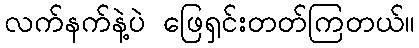
လက်နက်နဲ့ပဲ ဖြေရှင်းတတ်ကြတယ်။